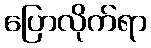
ပြောလိုက်ရာ